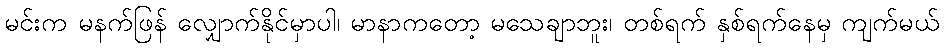
မင်းက မနက်ဖြန် လျှောက်နိုင်မှာပါ၊ မာနာကတော့ မသေချာဘူး၊ တစ်ရက် နှစ်ရက်နေမှ ကျက်မယ်